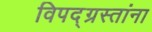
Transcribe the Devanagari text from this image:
विपद्‌ग्रस्तांना